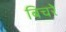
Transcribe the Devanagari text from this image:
बिचरे